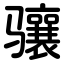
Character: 骧